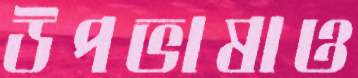
উপভাষাও